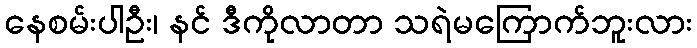
နေစမ်းပါဦး၊ နင် ဒီကိုလာတာ သရဲမကြောက်ဘူးလား